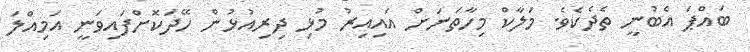
ބައްޕަ އެބުނީ ތެދެކެވެ. މަލާކް މިހާތަނަށް އައިއިރު މުޅި ދިރިއުޅުން ހޭދަކޮށްފައިވަނީ އަމިއްލަ